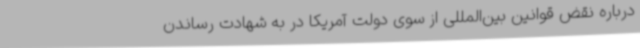
درباره نقض قوانین بین‌المللی از سوی دولت آمریکا در به شهادت رساندن